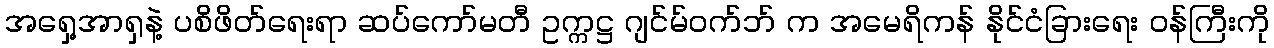
အရှေ့အာရှနဲ့ ပစိဖိတ်ရေးရာ ဆပ်ကော်မတီ ဥက္ကဋ္ဌ ဂျင်မ်ဝက်ဘ် က အမေရိကန် နိုင်ငံခြားရေး ဝန်ကြီးကို